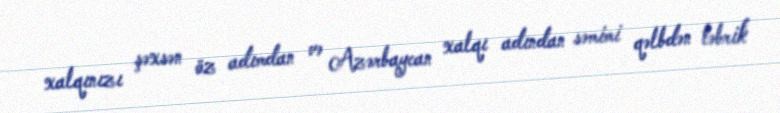
xalqınızı şəxsən öz adımdan və Azərbaycan xalqı adından səmimi qəlbdən təbrik